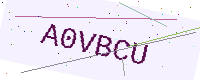
Text: A0VBCU